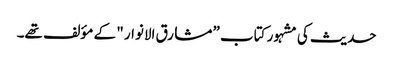
حدیث کی مشہور کتاب ” مشارق الانوار " کے مؤلف تھے۔